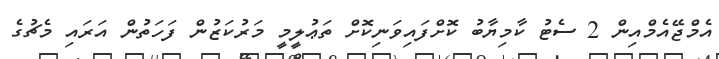
އެމްޖޭއެމްއިން 2 ސެޓު ކާމިޔާބު ކޮށްފައިވަނިކޮށް ތަޢުލީމީ މަރުކަޒުން ފަހަތުން އަރައި މެޗުގެ